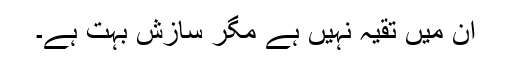
ان میں تقیہ نہیں ہے مگر سازش بہت ہے۔